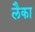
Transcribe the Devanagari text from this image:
लैका